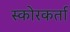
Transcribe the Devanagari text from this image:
स्कोरकर्ता